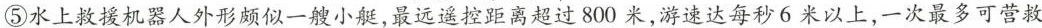
⑤水上救援机器人外形颇似一艘小艇，最远遥控距离超过800米，游速达每秒6米以上，一次最多可营救